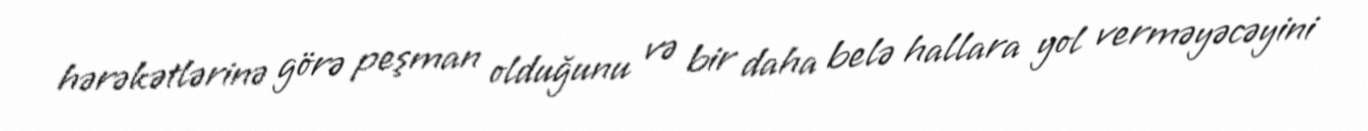
hərəkətlərinə görə peşman olduğunu və bir daha belə hallara yol verməyəcəyini